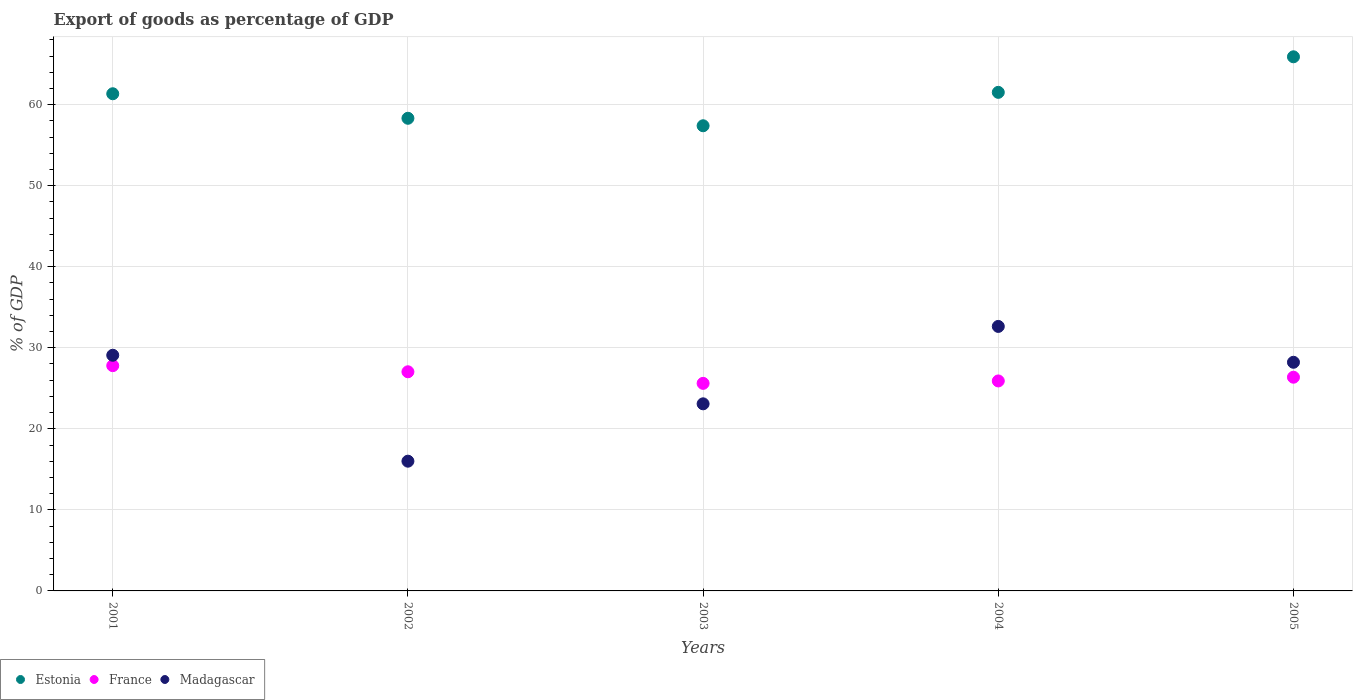
| Years | Estonia | France | Madagascar |
 | --- | --- | --- | --- |
 | 2001 | 61.3 | 27.8 | 29.1 |
 | 2002 | 58.3 | 27 | 16 |
 | 2003 | 57.4 | 25.6 | 23.1 |
 | 2004 | 61.5 | 25.9 | 32.6 |
 | 2005 | 65.9 | 26.4 | 28.2 |